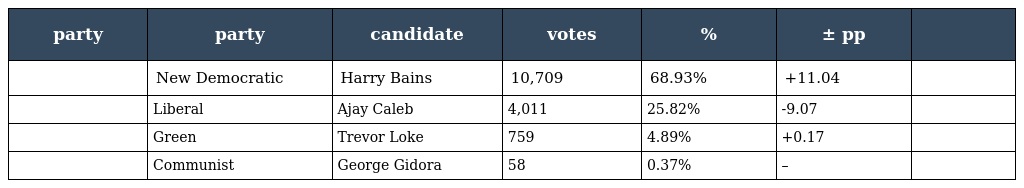
| party | party | candidate | votes | % | ± pp |  |
 | --- | --- | --- | --- | --- | --- | --- |
 |  | New Democratic | Harry Bains | 10,709 | 68.93% | +11.04 |  |
 |  | Liberal | Ajay Caleb | 4,011 | 25.82% | -9.07 |  |
 |  | Green | Trevor Loke | 759 | 4.89% | +0.17 |  |
 |  | Communist | George Gidora | 58 | 0.37% | – |  |